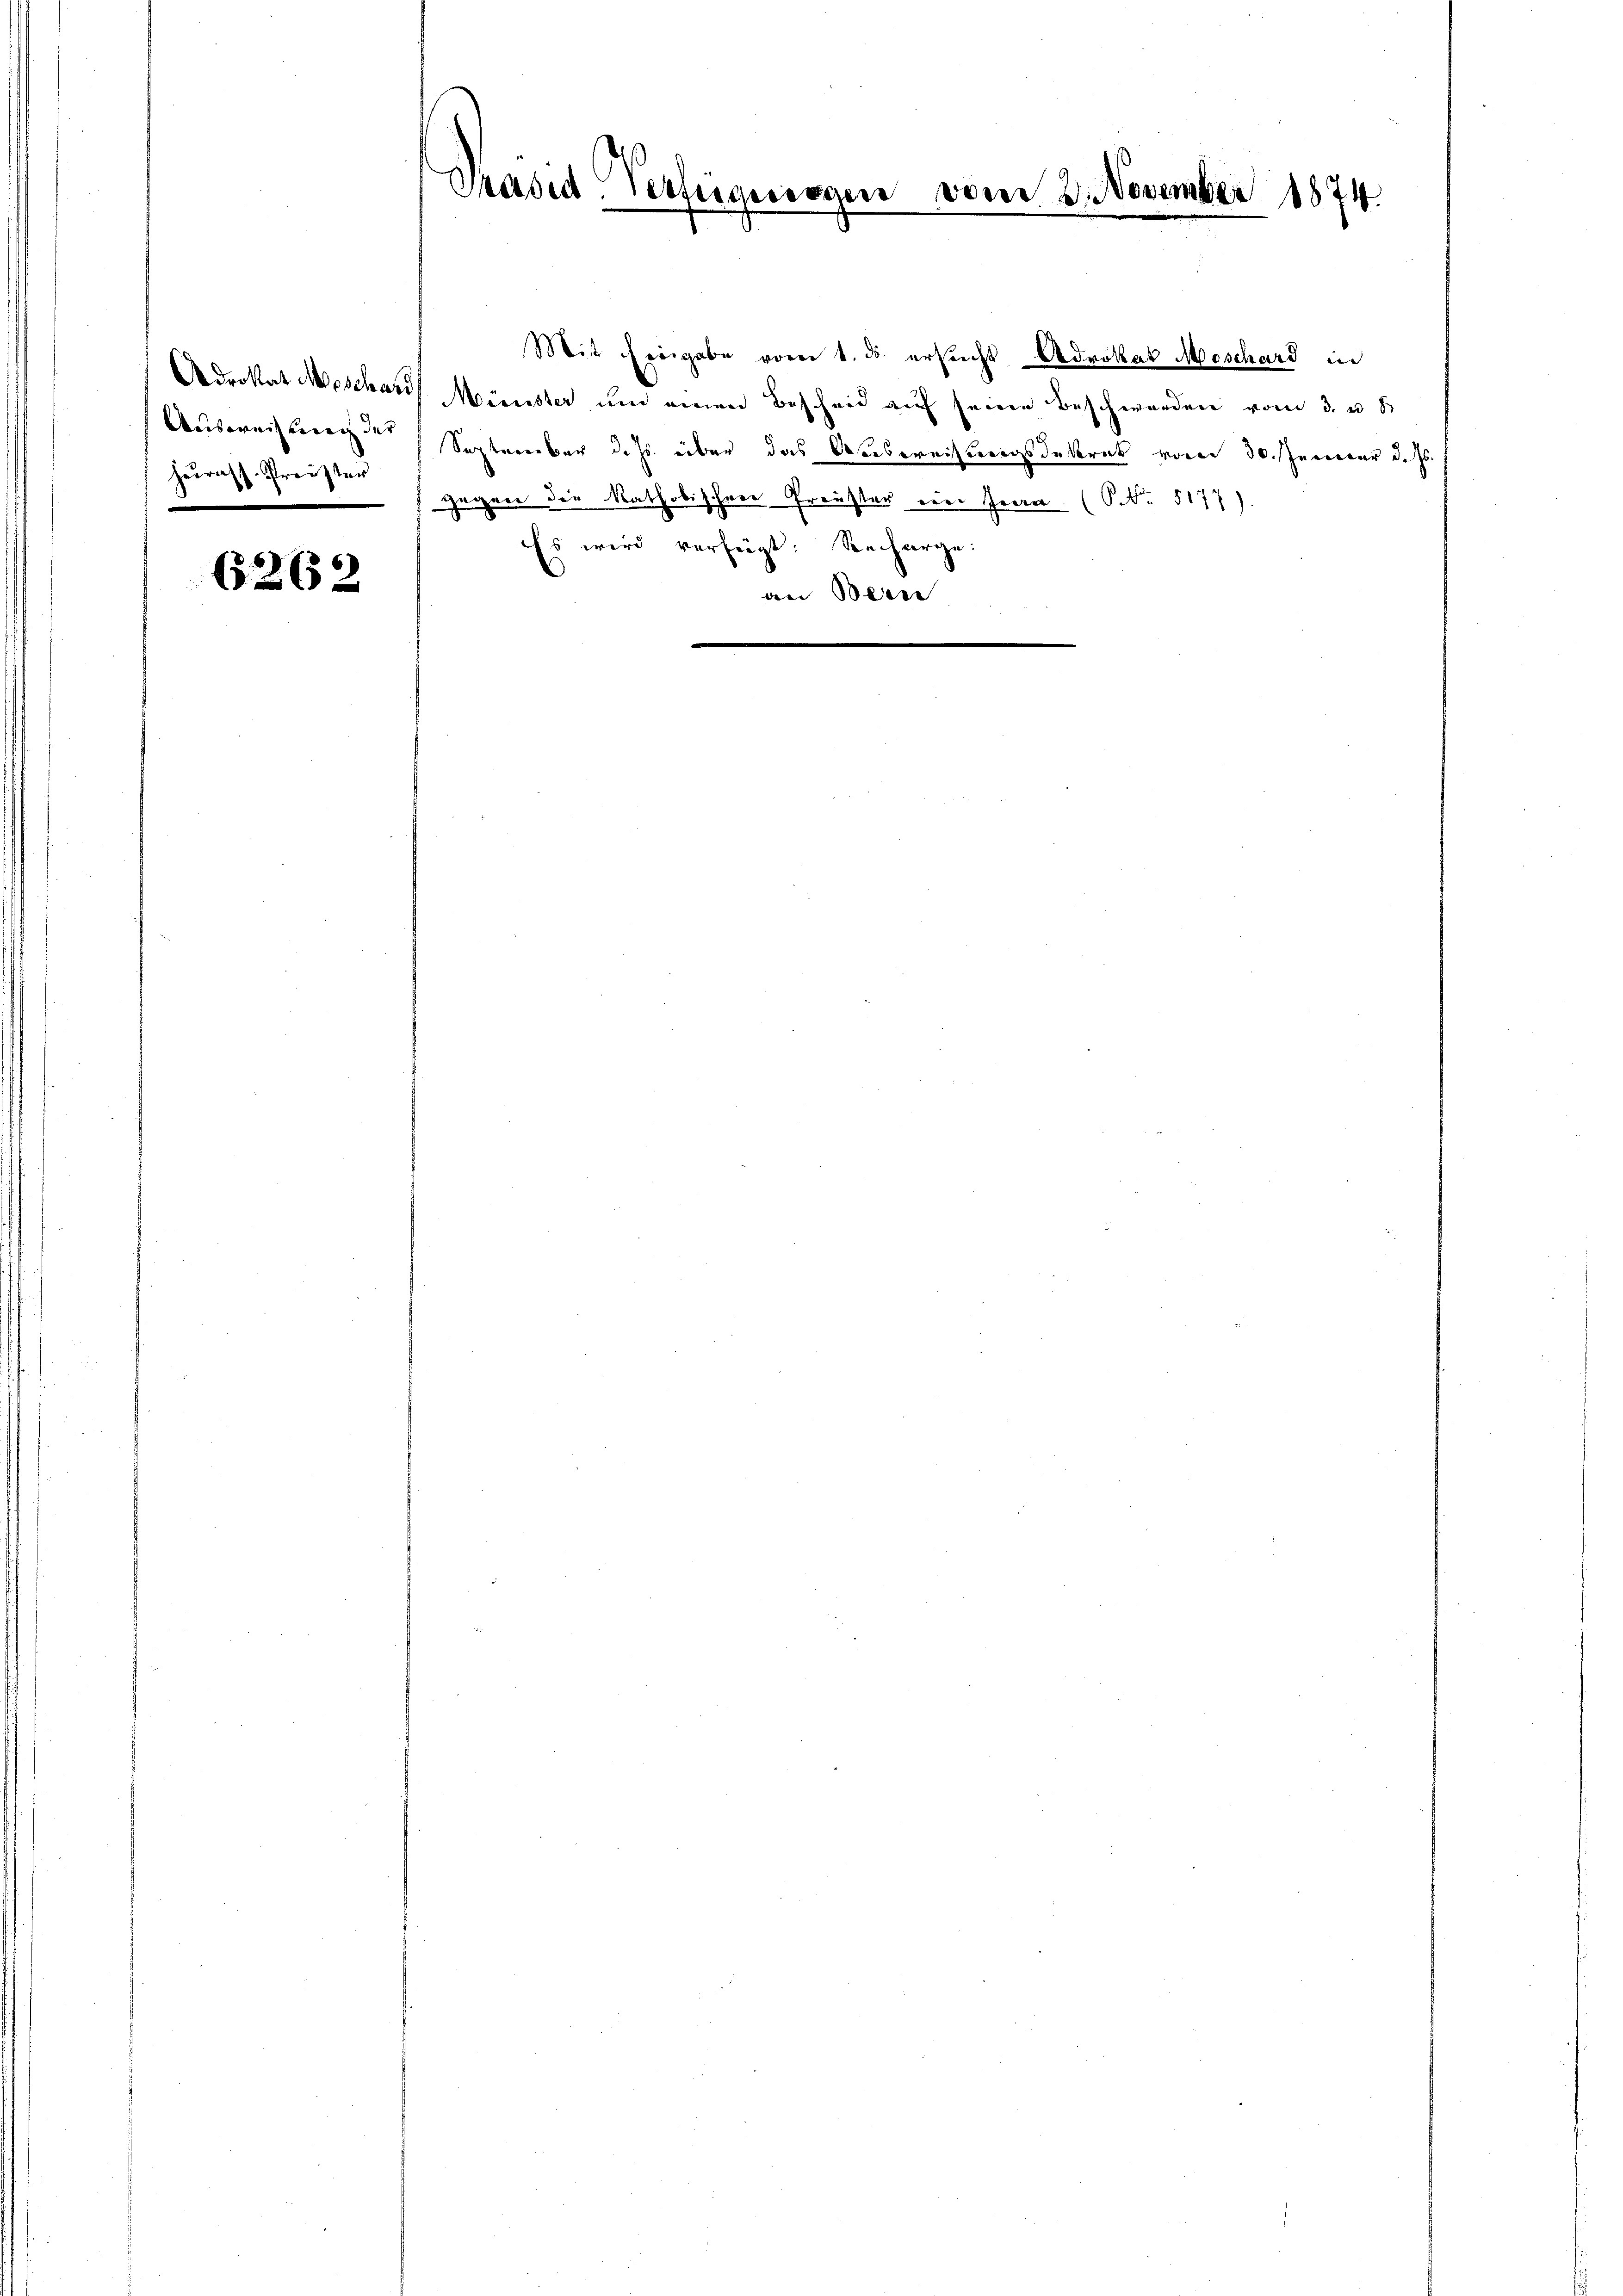
Heurass. Preister
.

6262

Präsid. Vertrauisarie vom 2. November 1874
d

Mit dergabe vom 1. ds. ersucht Advokat Moschard in
Adrokat Moschas Münster, um einen Bescheid auf seine Beschwerden vom 3. u. 5
Ausweisungen September d. Js. über das Ausweisungsdekret vom 30. Januar d. Js.
gegen die katholischerer Freuster ein Jena. (S. 5177).
Es wird verfügt: Recharge.
e
¬
e
an Bern
2

n